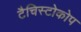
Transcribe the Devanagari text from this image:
टैचिस्टोकोप